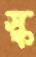
স্ক